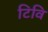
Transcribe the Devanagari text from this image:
टिवि